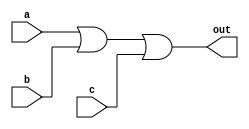
// Statement
// Implement the circuit described by the Karnaugh map below.
// https://hdlbits.01xz.net/mw/images/2/20/Kmap1.png

// Solution
module top_module(
    input a,
    input b,
    input c,
    output out  ); 
    
    assign out = a | b | c;

endmodule